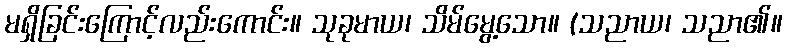
မရှိခြင်းကြောင့်လည်းကောင်း။ သုခုမာယ၊ သိမ်မွေ့သော။ (သညာယ၊ သညာ၏။